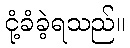
ငုံ့ခံခဲ့ရသည်။